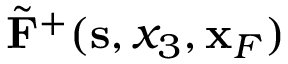
\tilde { \bf F } ^ { + } ( { \bf s } , x _ { 3 } , { \bf x } _ { F } )